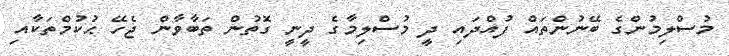
މުސްލިމުންގެ ބޭނުންތައް ފުއްދައި ދީ މުސްލިމާގެ ދީނީ ގޮތުން ތަބާވާން ޖެހޭ ޙުކުމްތަކާއި